Scottish Certificate of Education, 1962
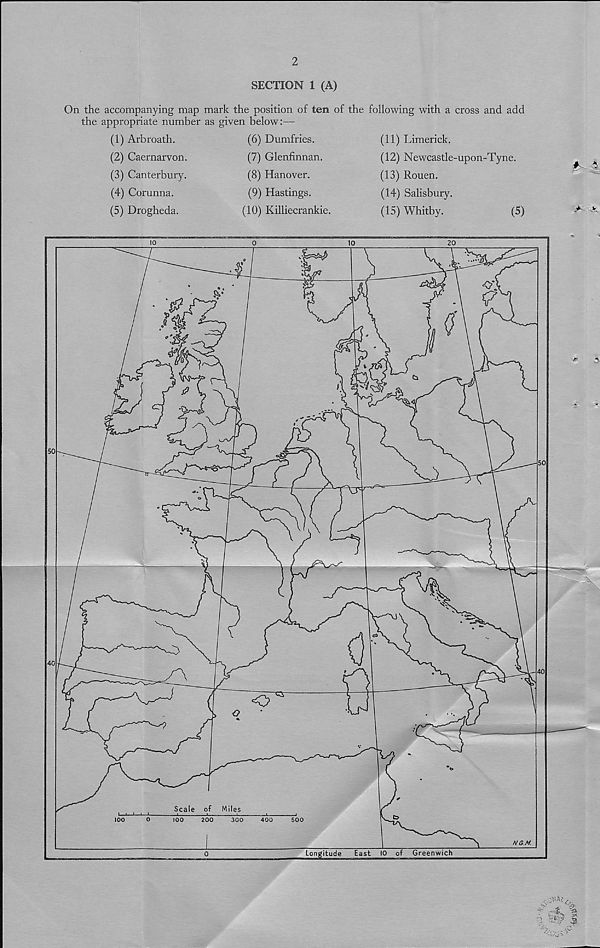
2
SECTION 1 (A)
On the accompanying map mark the position of ten of the following with a cross and add
the appropriate number as given below:—
(1) Arbroath.
(2) Caernarvon.
(3) Canterbury.
(4) Corunna.
(5) Drogheda.
(6) Dumfries.
(7) Glenfinnan.
(8) Hanover.
(9) Hastings.
(10) Killiecrankie.
(11) Limerick.
(12) Newcastle-upon-Tyne.
(13) Rouen.
(14) Salisbury.
(15) Whitby.
(5)
> >
to#-'